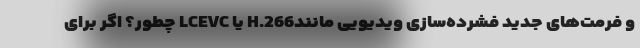
و فرمت‌های جدید فشرده‌سازی ویدیویی مانندH.266 یا LCEVC چطور؟ اگر برای